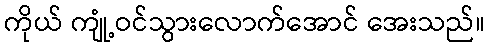
ကိုယ် ကျုံ့ဝင်သွားလောက်အောင် အေးသည်။